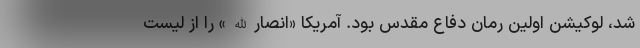
شد، لوکیشن اولین رمان دفاع مقدس بود. آمریکا «انصارالله» را از لیست